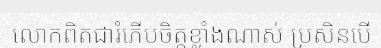
លោកពិតជារំភើបចិត្តខ្លាំងណាស់ ប្រសិនបើ